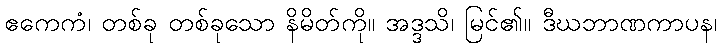
ဧကေကံ၊ တစ်ခု တစ်ခုသော နိမိတ်ကို။ အဒ္ဒသိ၊ မြင်၏။ ဒီဃဘာဏကာပန၊